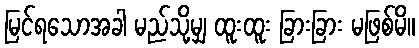
မြင်ရသောအခါ မည်သို့မျှ ထူးထူး ခြားခြား မဖြစ်မိ။